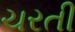
ચરતી